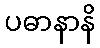
ပဓာနာနိ